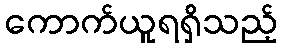
ကောက်ယူရရှိသည့်